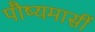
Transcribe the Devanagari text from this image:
पौष्यमासीं